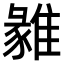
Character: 𩀅